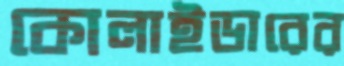
কোলাইডারের